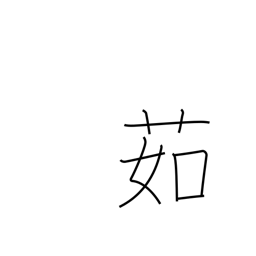
Meaning: boil